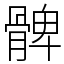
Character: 髀